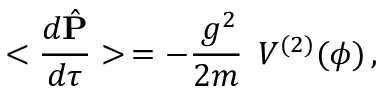
< \frac { d \hat { { \mathbf P } } } { d \tau } > \, = - \frac { \, g ^ { 2 } } { 2 m } \, { \mathbf \nabla } V ^ { ( 2 ) } ( \phi ) \, ,